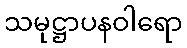
သမုဋ္ဌာပနဝါရော